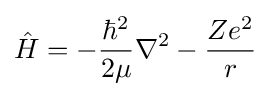
{\hat {H}}=-{\frac {\hbar ^{2}}{2\mu }}\nabla ^{2}-{\frac {Ze^{2}}{r}}